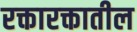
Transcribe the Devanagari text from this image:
रक्तारक्तातील